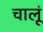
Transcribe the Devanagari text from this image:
चालूं